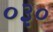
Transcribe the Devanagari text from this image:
०३०